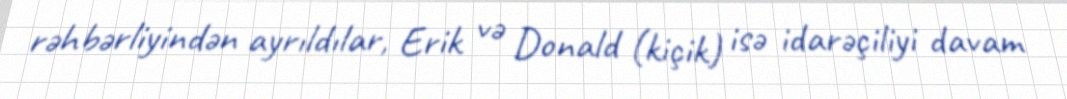
rəhbərliyindən ayrıldılar, Erik və Donald (kiçik) isə idarəçiliyi davam